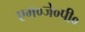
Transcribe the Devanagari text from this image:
एम०जे०पी०